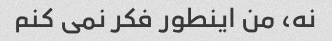
نه، من اینطور فکر نمی کنم